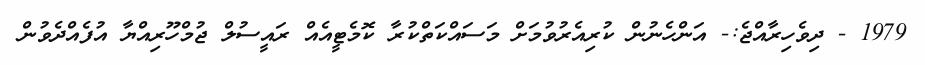
1979 - ދިވެހިރާއްޖެ:- އަންހެނުން ކުރިއެރުވުމަށް މަސައްކަތްކުރާ ކޮމެޓީއެއް ރައީސުލް ޖުމްހޫރިއްޔާ އުފެއްދެވުން